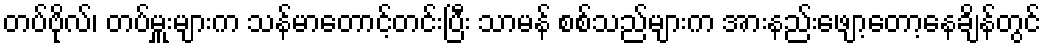
တပ်ဗိုလ်၊ တပ်မှူးများက သန်မာတောင့်တင်းပြီး သာမန် စစ်သည်များက အားနည်းဖျော့တော့နေချိန်တွင်